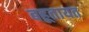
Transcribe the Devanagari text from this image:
बहूतायत